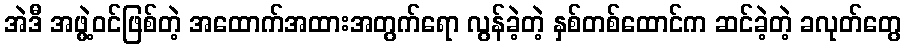
အဲဒီ အဖွဲ့ဝင်ဖြစ်တဲ့ အထောက်အထားအတွက်ရော လွန်ခဲ့တဲ့ နှစ်တစ်ထောင်က ဆင်ခဲ့တဲ့ ခလုတ်တွေ